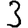
Digit: 3